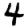
Digit: 4